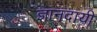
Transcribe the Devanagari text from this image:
ज्ञानदायी